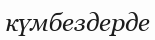
күмбездерде